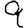
Digit: 9